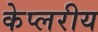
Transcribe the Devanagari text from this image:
केप्लरीय